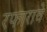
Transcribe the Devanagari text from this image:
रफाराचे